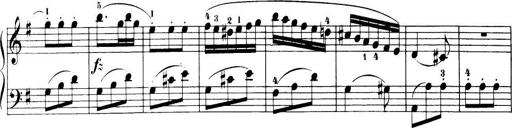
Title: 32 Sonatinas and Rondos for the Piano
Composer: Richard Kleinmichel